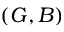
( G , B )